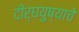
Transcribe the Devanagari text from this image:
दीर्घयुष्याचे